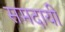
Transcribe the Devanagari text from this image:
समदायी